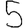
Digit: 5